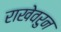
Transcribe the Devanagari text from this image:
राखेवरुन